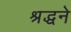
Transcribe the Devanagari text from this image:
श्रद्धने